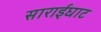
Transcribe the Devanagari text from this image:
साराईघाट